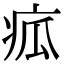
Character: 㽿